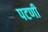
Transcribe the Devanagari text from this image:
पटणी